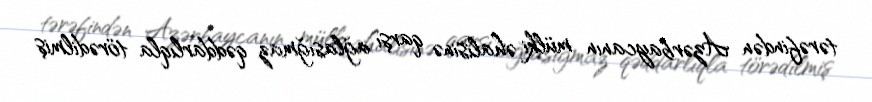
tərəfindən Azərbaycanın mülki əhalisinə qarşı ağlasığmaz qəddarlıqla törədilmiş